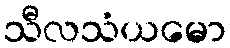
သီလသံယမော